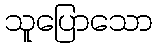
သူပြောသော